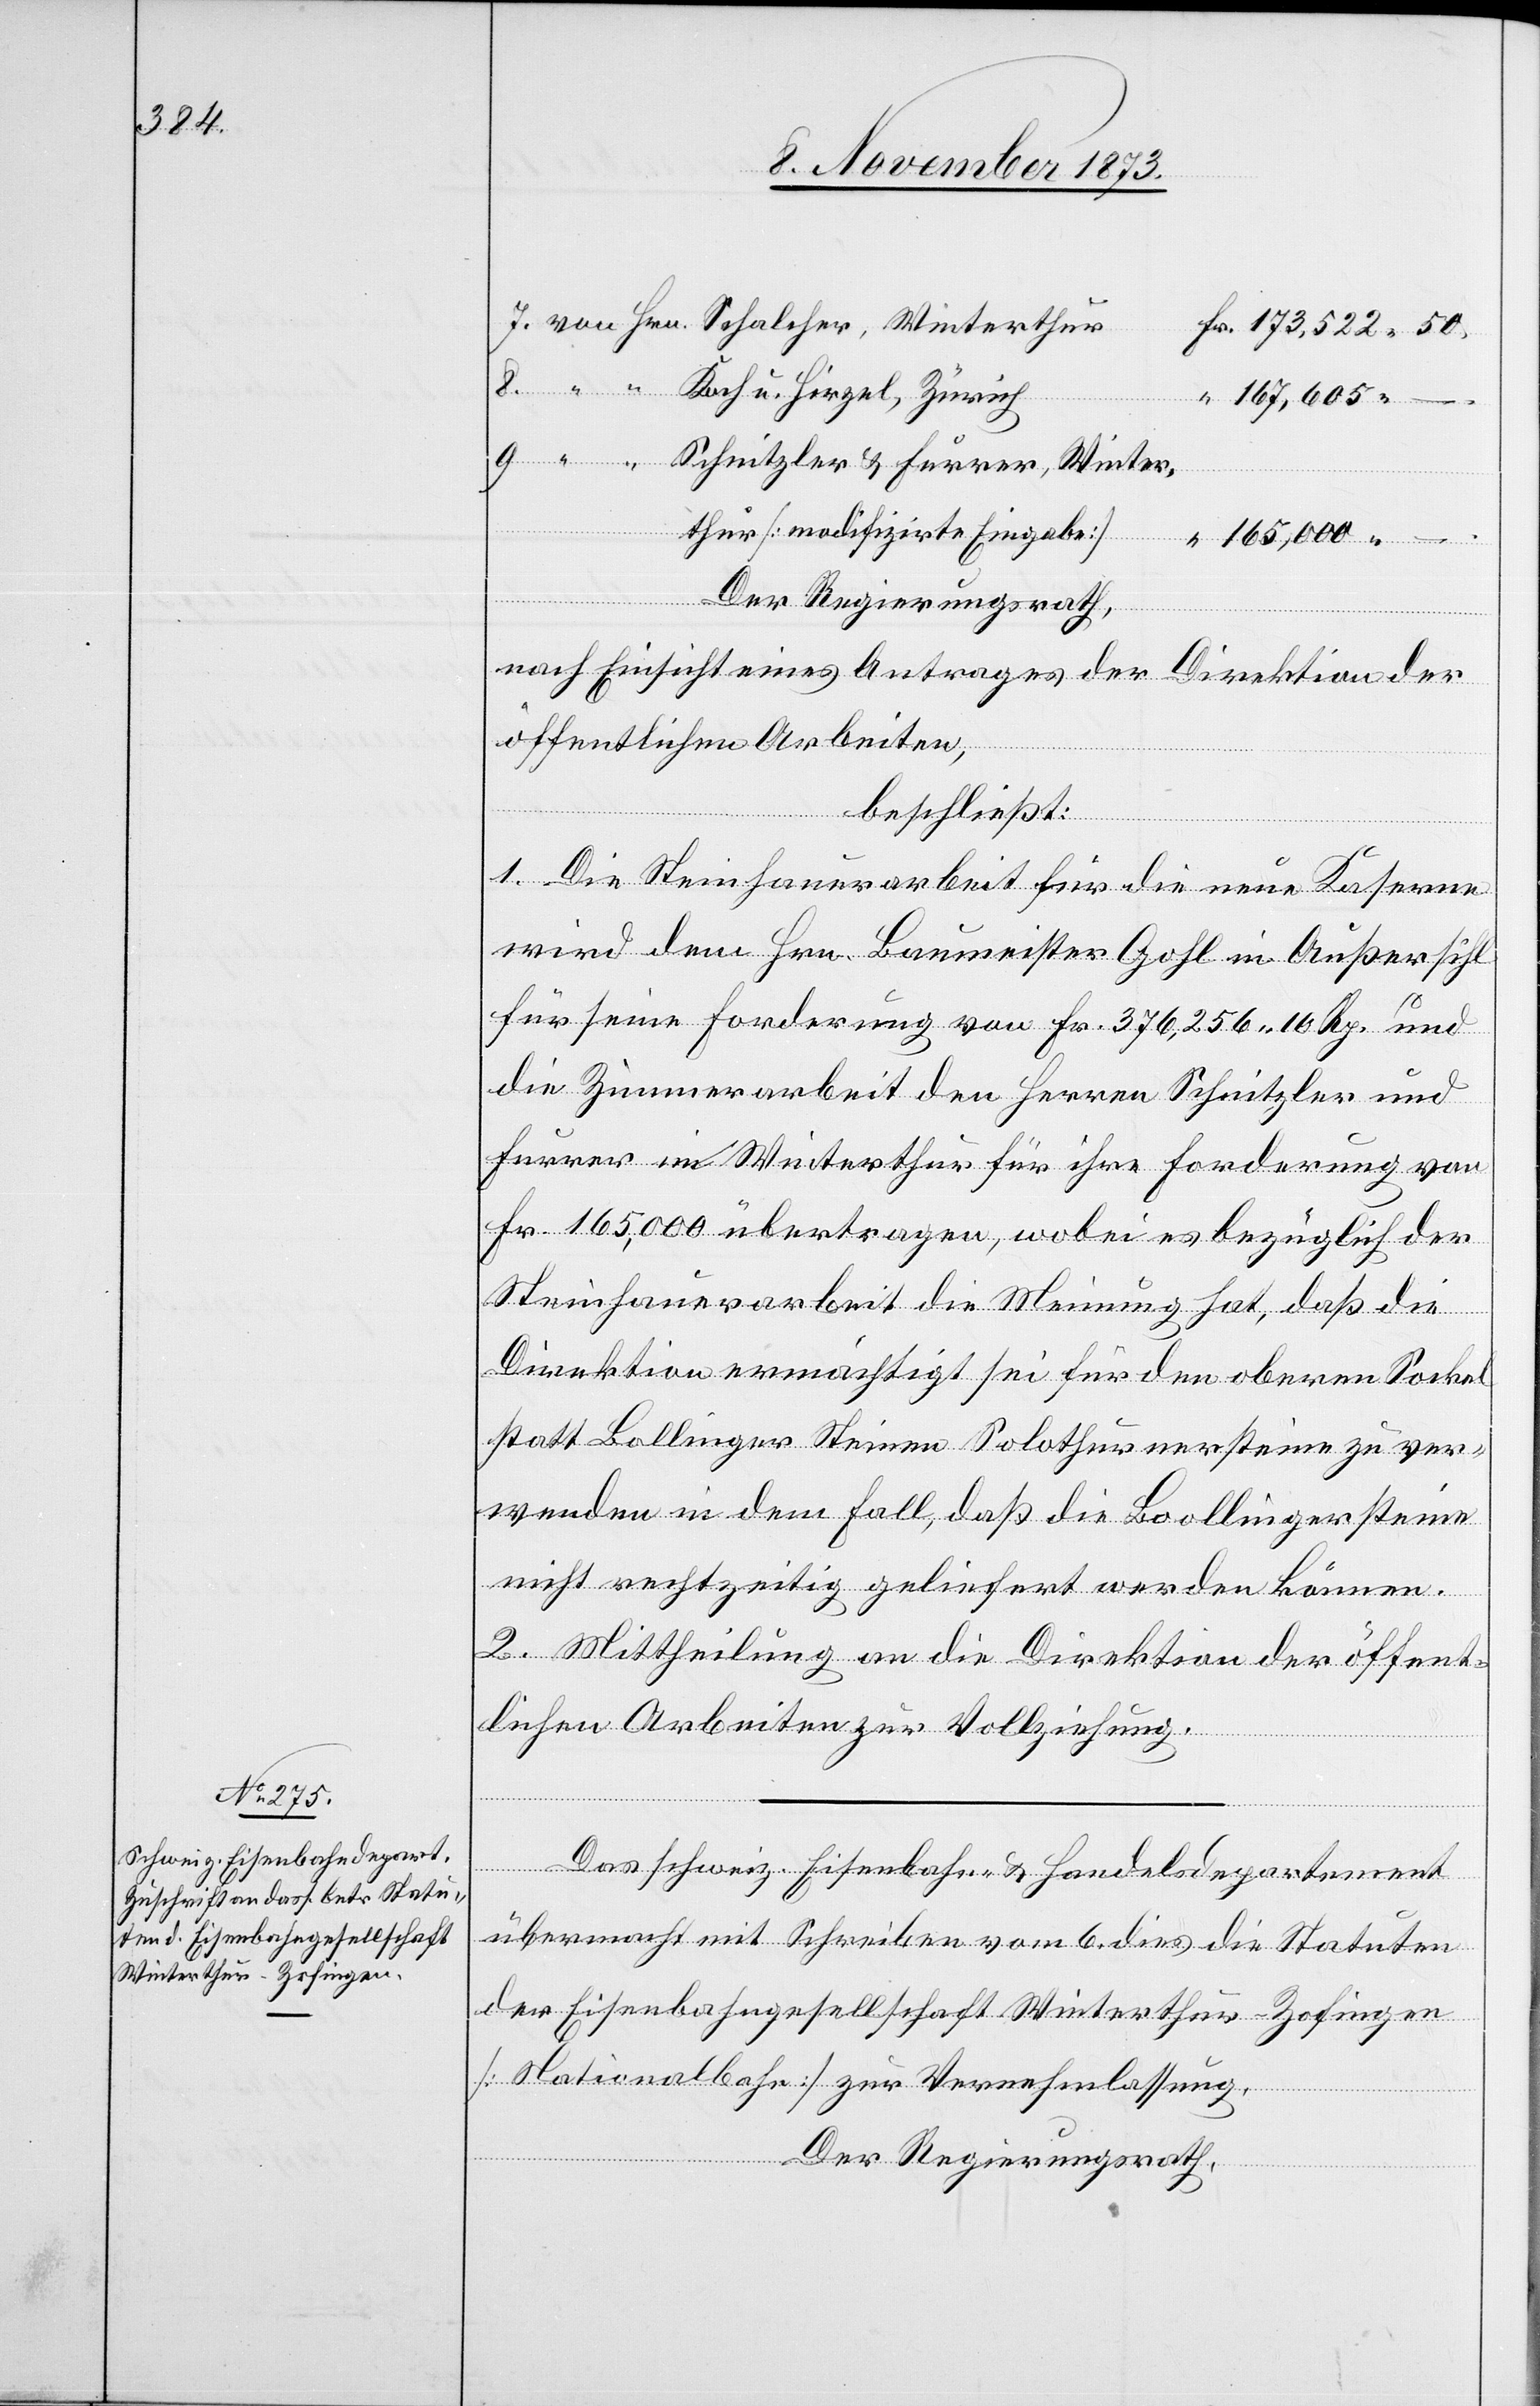
Koch u. Hirzel, Zürich
Winter¬
167,605
thur [modifizirte Eingabe]
165,000 –.
Der Regierungsrath,
nach Einsicht eines Antrages der Direktion der
öffentlichen Arbeiten,
beschließt:
1. Die Steinhauerarbeit für die neue Kaserne
wird dem Hrn. Baumeister Gohl in Außersihl
für seine Forderung von Fr. 376,256 10 Rp. und
die Zimmerarbeit den Herren Schnitzler und
Furrer in Winterthur für ihre Forderung von
Fr. 165,000 übertragen, wobei es bezüglich der
Steinhauerarbeit die Meinung hat, daß die
Direktion ermächtigt sei für den oberen Sockel
statt Bollinger Steinen Solothurnersteine zu ver¬
wenden in dem Fall, daß die Boollingersteine
nicht rechtzeitig geliefert werden können.
2. Mittheilung an die Direktion der öffent¬
lichen Arbeiten zur Vollziehung.
Das schweiz. Eisenbahn- & Handelsdepartement
übermacht mit Schreiben vom 6. dies die Statuten
der Eisenbahngesellschaft Winterthur-Zofingen
[Nationalbahn] zur Vernehmlassung.
Der Regierungsrath,